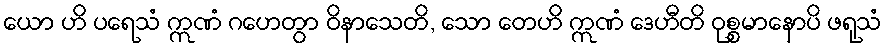
ယော ဟိ ပရေသံ ဣဏံ ဂဟေတွာ ဝိနာသေတိ, သော တေဟိ ဣဏံ ဒေဟီတိ ဝုစ္စမာနောပိ ဖရုသံ